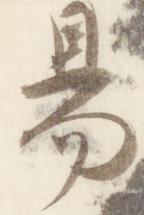
易